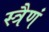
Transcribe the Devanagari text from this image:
स्त्रैणं